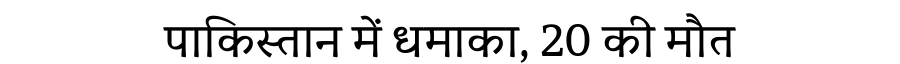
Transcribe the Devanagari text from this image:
पाकिस्तान में धमाका, 20 की मौत